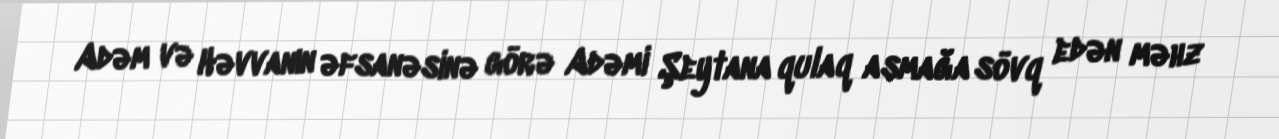
Adəm və Həvvanın əfsanəsinə görə Adəmi Şeytana qulaq asmağa sövq edən məhz